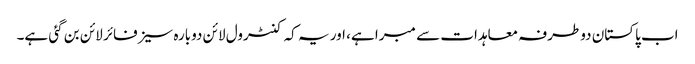
اب پاکستان دوطرفہ معاہدات سے مبرا ہے، اور یہ کہ کنٹرول لائن دوبارہ سیزفائر لائن بن گئی ہے۔